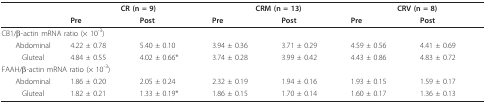
|  | <COLSPAN=2> CR (n = 9) | <COLSPAN=2> CRM (n = 13) | <COLSPAN=2> CRV (n = 8) |
 |  | Pre | Post | Pre | Post | Pre | Post |
 | --- | --- | --- | --- | --- | --- | --- |
 | <COLSPAN=3> CB1/β-actin mRNA ratio (× 10-3) |  |  |  |  |
 | Abdominal | 4.22 ± 0.78 | 5.40 ± 0.10 | 3.94 ± 0.36 | 3.71 ± 0.29 | 4.59 ± 0.56 | 4.41 ± 0.69 |
 | Gluteal | 4.84 ± 0.55 | 4.02 ± 0.66* | 3.74 ± 0.28 | 3.99 ± 0.42 | 4.43 ± 0.86 | 4.83 ± 0.72 |
 | <COLSPAN=3> FAAH/β-actin mRNA ratio (× 10-3) |  |  |  |  |
 | Abdominal | 1.86 ± 0.20 | 2.05 ± 0.24 | 2.32 ± 0.19 | 1.94 ± 0.16 | 1.93 ± 0.15 | 1.59 ± 0.17 |
 | Gluteal | 1.82 ± 0.21 | 1.33 ± 0.19* | 1.86 ± 0.15 | 1.70 ± 0.14 | 1.60 ± 0.17 | 1.36 ± 0.13 |